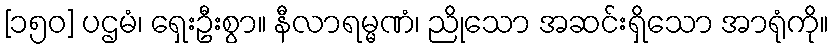
[၁၅၀] ပဌမံ၊ ရှေးဦးစွာ။ နီလာရမ္မဏံ၊ ညိုသော အဆင်းရှိသော အာရုံကို။